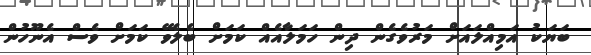
ބަޔަކު އަމިއްލައަށް މަރުވެގެން ދިން ހަމަލާއެއް ކަމަށް ބެލެވޭ ކަމަށް ވެސް އެނޫހުން